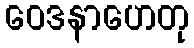
ဝေဒနာဟေတု